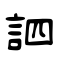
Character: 訵